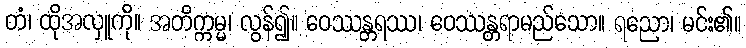
တံ၊ ထိုအလှူကို။ အတိက္ကမ္မ၊ လွန်၍။ ဝေဿန္တရဿ၊ ဝေဿန္တရာမည်သော။ ရညော၊ မင်း၏။